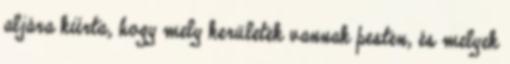
aljára kiírta, hogy mely kerületek vannak pesten, és melyek